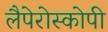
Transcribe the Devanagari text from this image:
लैपेरोस्कोपी